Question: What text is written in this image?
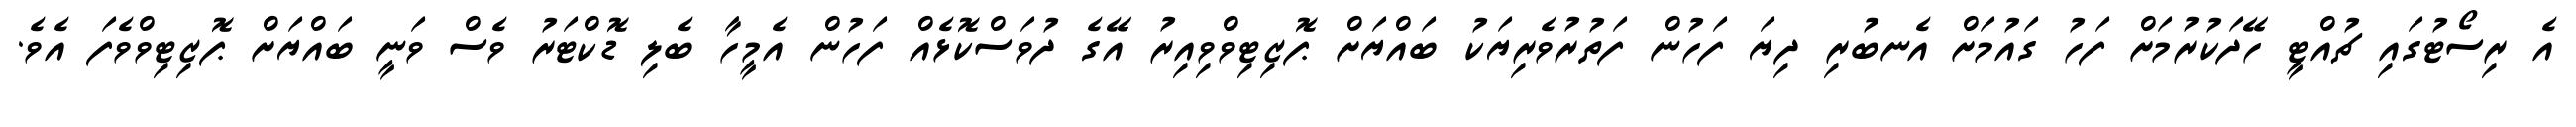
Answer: އެ ރިސޯޓުގައި ޗުއްޓީ ހޭދަކުރުމަށް ފަހު ގައުމަށް އެނބުރި ދިޔަ ފަހުން ފަތުރުވެރިޔަކު ބައްޔަށް ޕޮޒިޓިވްވިއިރު އޭގެ ދުވަސްކޮޅެއް ފަހުން އެމީހާ ބެލި ޑޮކްޓަރު ވެސް ވަނީ ބައްޔަށް ޕޮޒިޓިވްވެފަ އެވެ.